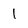
Character: 1